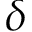
\delta